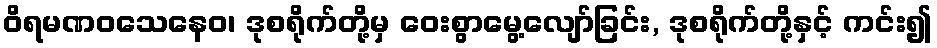
ဝိရမဏဝသေနေဝ၊ ဒုစရိုက်တို့မှ ဝေးစွာမွေ့လျော်ခြင်း, ဒုစရိုက်တို့နှင့် ကင်း၍